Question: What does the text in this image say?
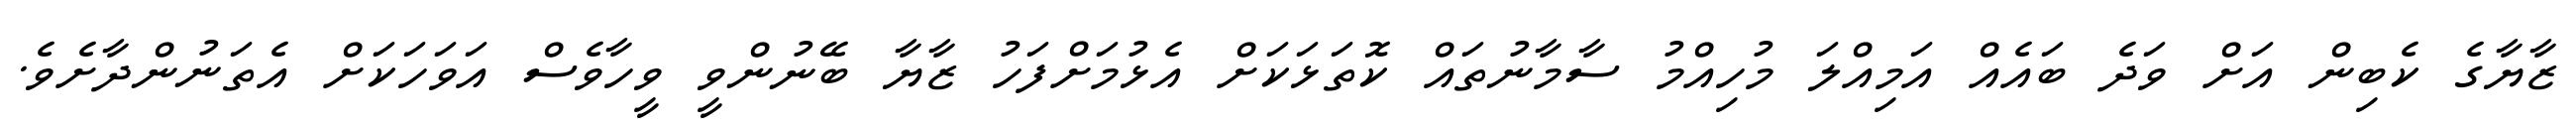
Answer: ޒާޔާގެ ކެބިން އަށް ވަދެ ބައެއް އަމިއްލަ މުހިއްމު ސާމާނުތައް ކޮތަޅަކަށް އެޅުމަށްފަހު ޒާޔާ ބޭނުންވީ ވީހާވެސް އަވަހަކަށް އެތަނުންދާށެވެ.